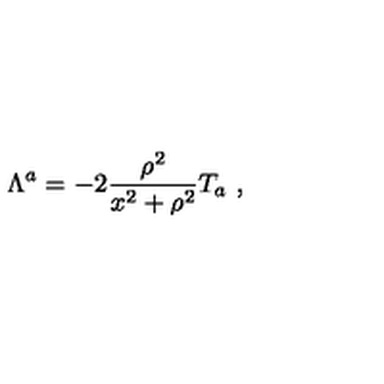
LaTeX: \Lambda ^ { a } = - 2 \frac { \rho ^ { 2 } } { x ^ { 2 } + \rho ^ { 2 } } T _ { a } \ ,